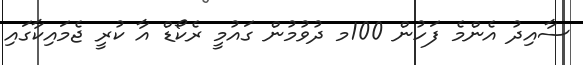
ސާއިދު އެންމެ ފަހުން 100މ ދުވުމުން ގައުމީ ރެކޯޑް އާ ކުރީ ޖެމައިކާގައި